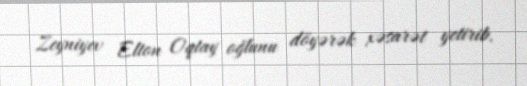
Zeyniyev Elton Oqtay oğlunu döyərək xəsarət yetirib.